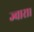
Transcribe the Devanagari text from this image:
ज्वारा।